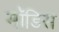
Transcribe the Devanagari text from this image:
मॉडिस